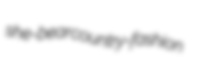
she-bear country-fashion